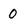
Character: 0